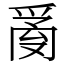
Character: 𤔔